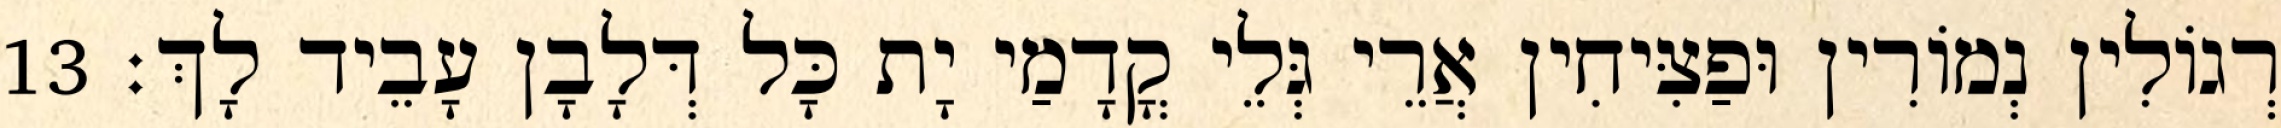
רְגוֹלִין נְמוֹרִין וּפַצִּיחִין אֲרֵי גְּלֵי קֳדָמַי יָת כָּל דְּלָבָן עָבֵיד לָךְ׃ 13